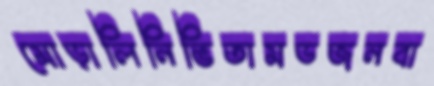
মোড়ালিনিভিতামডজনবা